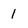
Character: 1